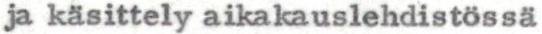
ja käsittely aikakauslehdistössä